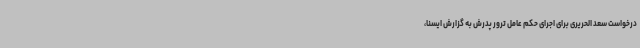
درخواست سعد الحریری برای اجرای حکم عامل ترور پدرش به گزارش ایسنا،